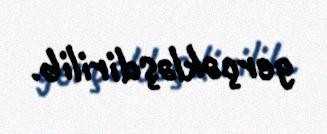
gerçəkləşdirilib.